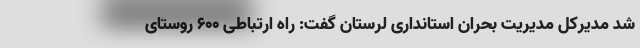
شد مدیرکل مدیریت بحران استانداری لرستان گفت: راه ارتباطی ۶۰۰ روستای